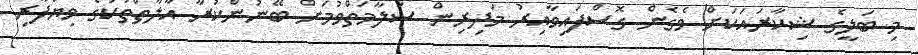
މި ބަލީގެ ޝިކާރައަކަށް ވެގެން ގޮސްފައިވާއިރު މަދިރިން ސަލާމަތްވުމަށް ބޭނުންކުރާ އާލާތްތަކުގެ ވިޔަފާރި